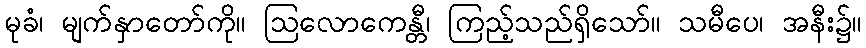
မုခံ၊ မျက်နှာတော်ကို။ ဩလောကေန္တီ၊ ကြည့်သည်ရှိသော်။ သမီပေ၊ အနီး၌။